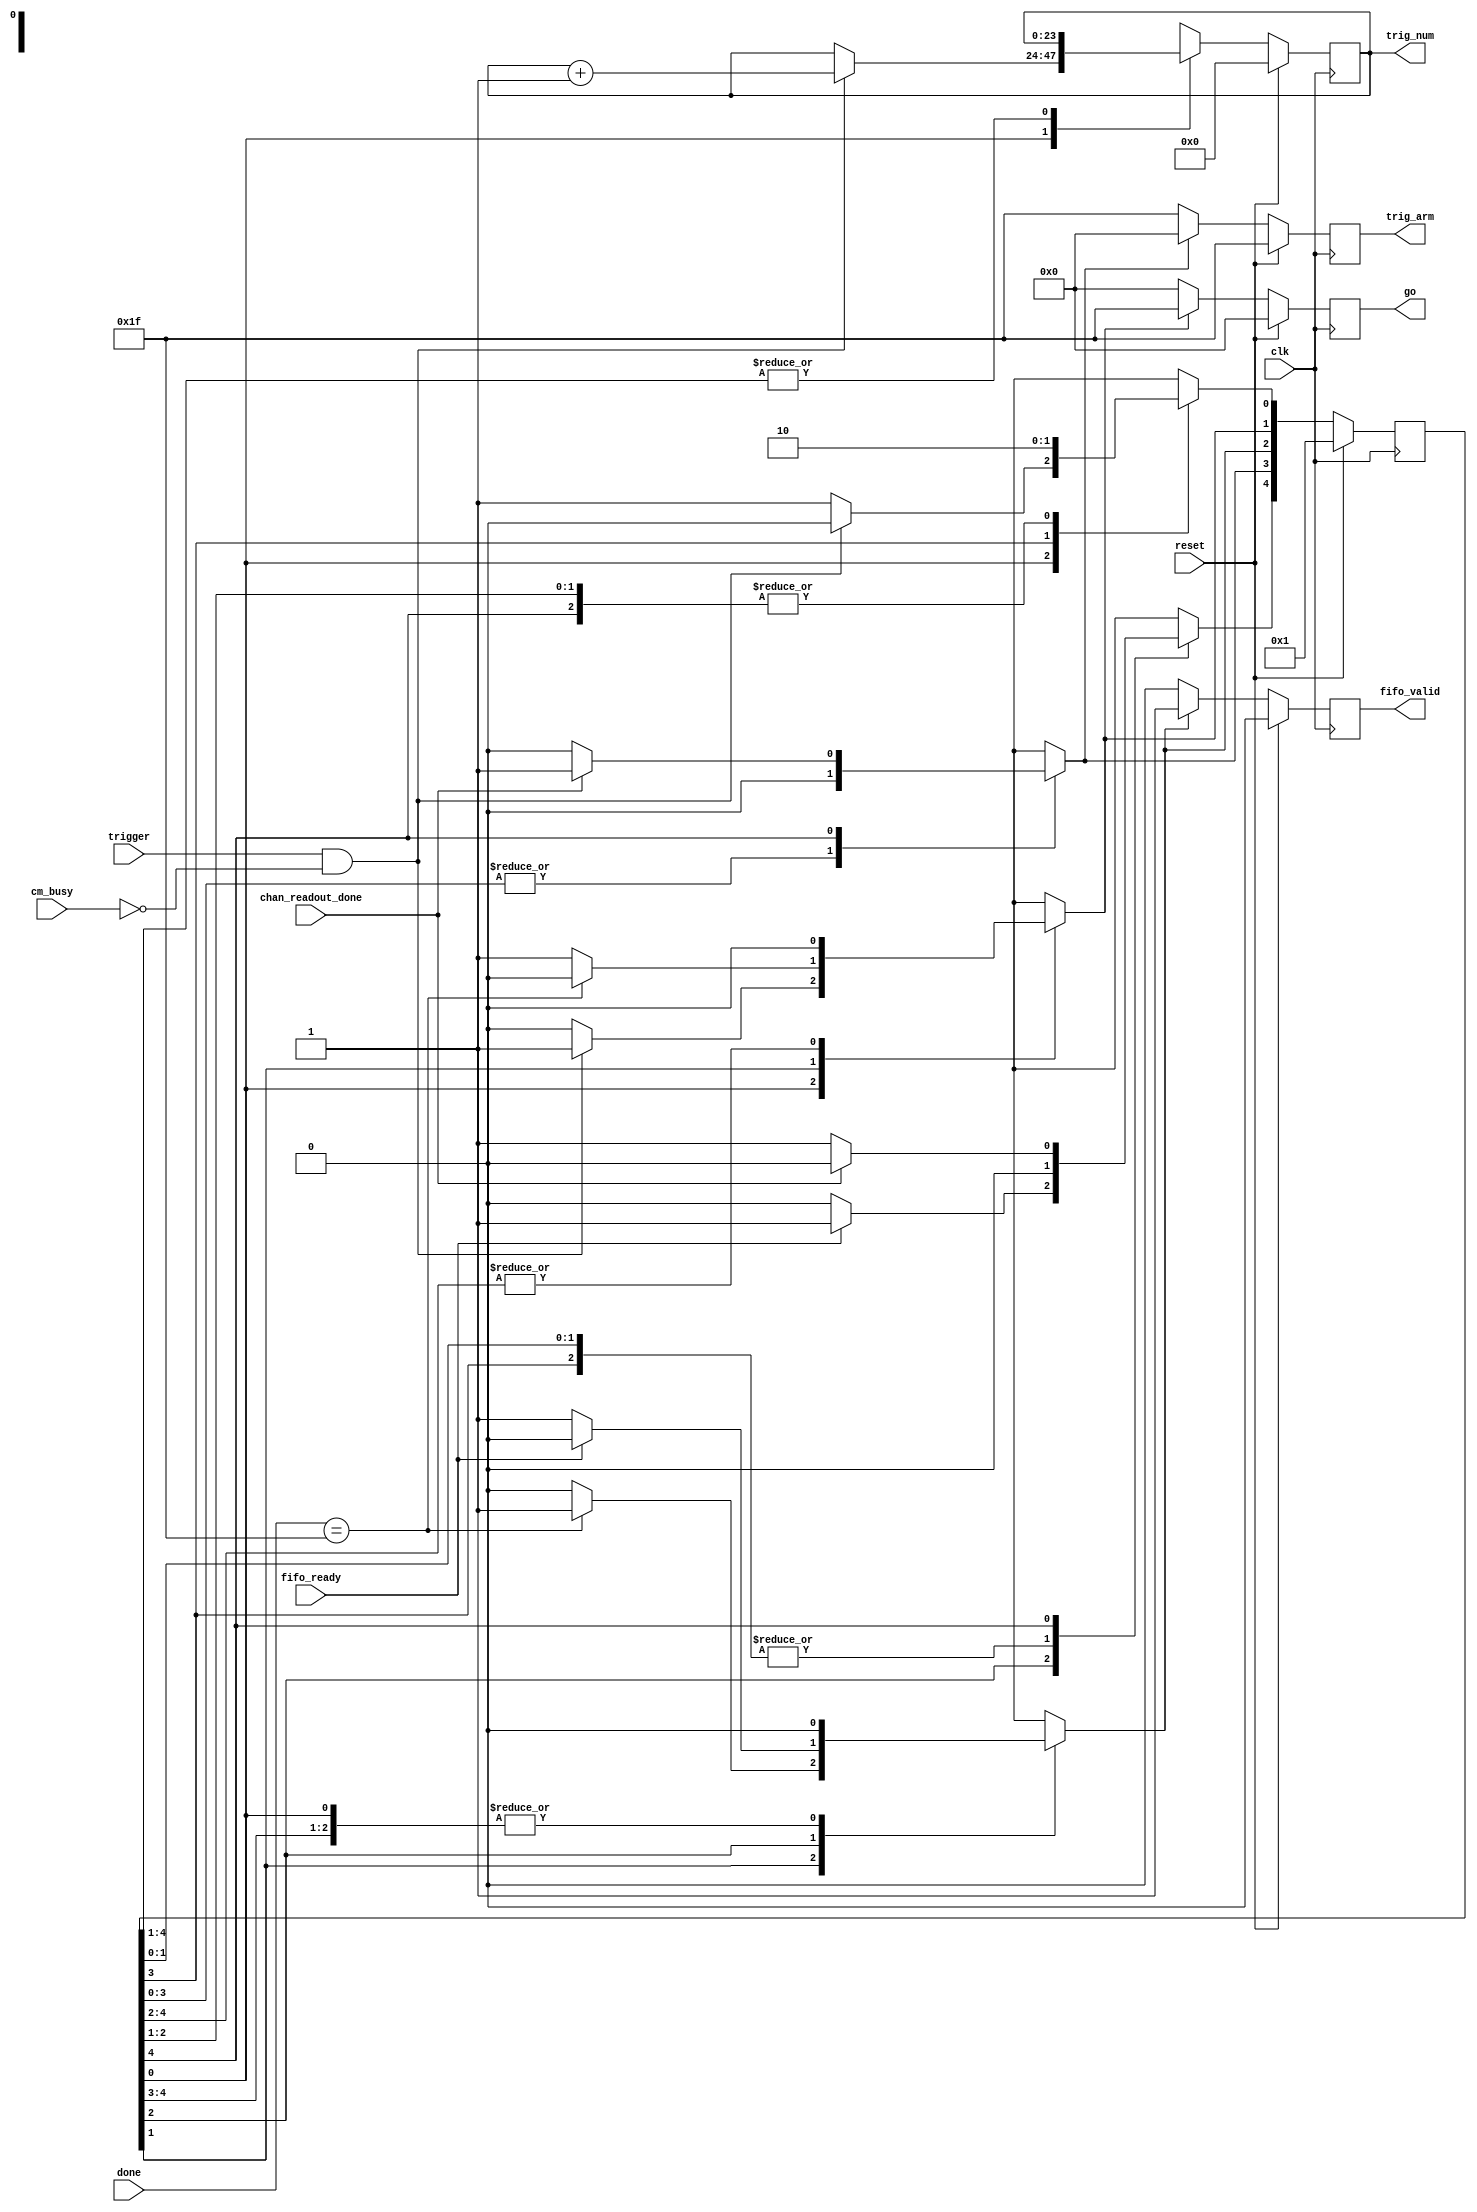

// Created by fizzim.pl version $Revision: 4.44 on 2014:07:21 at 14:08:52 (www.fizzim.com)

module triggerManager (
  output reg fifo_valid,
  output reg [4:0] go,
  output reg [4:0] trig_arm,
  output reg [23:0] trig_num,
  input wire chan_readout_done,
  input wire clk,
  input wire cm_busy,
  input wire [4:0] done,
  input wire fifo_ready,
  input wire reset,
  input wire trigger 
);

  // state bits
  parameter 
  IDLE             = 0, 
  FILL             = 1, 
  STORE_FILLNUM    = 2, 
  TOGGLE_ARM       = 3, 
  WAIT_FOR_READOUT = 4; 

  reg [4:0] state;
  reg [4:0] nextstate;
  reg [23:0] next_trig_num;

  // comb always block
  always @* begin
    nextstate = 5'b00000;
    next_trig_num[23:0] = trig_num[23:0];
    case (1'b1) // synopsys parallel_case full_case
      state[IDLE]            : begin
        if (trigger && !cm_busy) begin
          nextstate[FILL] = 1'b1;
          next_trig_num[23:0] = trig_num[23:0]+1;
        end
        else begin
          nextstate[IDLE] = 1'b1; // Added because implied_loopback is true
        end
      end
      state[FILL]            : begin
        if (done[4:0]==5'b11111) begin
          nextstate[STORE_FILLNUM] = 1'b1;
        end
        else begin
          nextstate[FILL] = 1'b1; // Added because implied_loopback is true
        end
      end
      state[STORE_FILLNUM]   : begin
        if (fifo_ready) begin
          nextstate[WAIT_FOR_READOUT] = 1'b1;
        end
        else begin
          nextstate[STORE_FILLNUM] = 1'b1; // Added because implied_loopback is true
        end
      end
      state[TOGGLE_ARM]      : begin
        begin
          nextstate[IDLE] = 1'b1;
        end
      end
      state[WAIT_FOR_READOUT]: begin
        if (chan_readout_done) begin
          nextstate[TOGGLE_ARM] = 1'b1;
        end
        else begin
          nextstate[WAIT_FOR_READOUT] = 1'b1; // Added because implied_loopback is true
        end
      end
    endcase
  end

  // sequential always block
  always @(posedge clk) begin
    if (reset) begin
      state <= 5'b00001 << IDLE;
      trig_num[23:0] <= 0;
      end
    else begin
      state <= nextstate;
      trig_num[23:0] <= next_trig_num[23:0];
      end
  end

  // datapath sequential always block
  always @(posedge clk) begin
    if (reset) begin
      fifo_valid <= 0;
      go[4:0] <= 5'b00000;
      trig_arm[4:0] <= 5'b11111;
    end
    else begin
      fifo_valid <= 0; // default
      go[4:0] <= 5'b00000; // default
      trig_arm[4:0] <= 5'b11111; // default
      case (1'b1) // synopsys parallel_case full_case
        nextstate[IDLE]            : begin
          ; // case must be complete for onehot
        end
        nextstate[FILL]            : begin
          go[4:0] <= 5'b11111;
        end
        nextstate[STORE_FILLNUM]   : begin
          fifo_valid <= 1;
        end
        nextstate[TOGGLE_ARM]      : begin
          trig_arm[4:0] <= 5'b00000;
        end
        nextstate[WAIT_FOR_READOUT]: begin
          ; // case must be complete for onehot
        end
      endcase
    end
  end

  // This code allows you to see state names in simulation
  `ifndef SYNTHESIS
  reg [127:0] statename;
  always @* begin
    case (1'b1)
      state[IDLE]            :
        statename = "IDLE";
      state[FILL]            :
        statename = "FILL";
      state[STORE_FILLNUM]   :
        statename = "STORE_FILLNUM";
      state[TOGGLE_ARM]      :
        statename = "TOGGLE_ARM";
      state[WAIT_FOR_READOUT]:
        statename = "WAIT_FOR_READOUT";
      default         :
        statename = "XXXXXXXXXXXXXXXX";
    endcase
  end
  `endif

endmodule